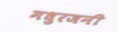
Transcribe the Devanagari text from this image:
मधुरजनी